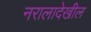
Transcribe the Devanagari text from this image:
नरालादेखील